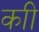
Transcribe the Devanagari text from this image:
काी